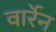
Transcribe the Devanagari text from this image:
वार्रेन